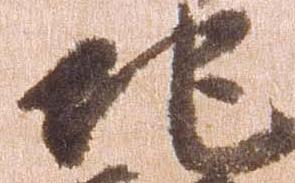
地